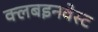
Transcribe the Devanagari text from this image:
क्लबइनवेस्ट